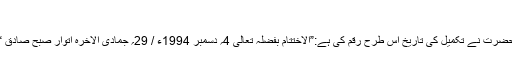
“
حضرت نے تکمیل کی تاریخ اس طرح رقم کی ہے:”الاختتام بفضلہٖ تعالیٰ 4؍ دسمبر َ1994ء / 29؍ جمادی الآخرہ اتوار صبح صادق “۔